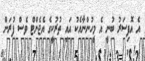
އެ އޮފިސަރު ބުނީ އެ މީހުންނާއެކު އައި ތުރުކީގެ އެޖެންޓް ވެސް ފުރަން